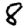
Digit: 8